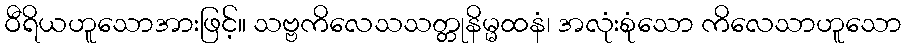
ဝီရိယဟူသောအားဖြင့်။ သဗ္ဗကိလေသသတ္တုနိမ္မထနံ၊ အလုံးစုံသော ကိလေသာဟူသော